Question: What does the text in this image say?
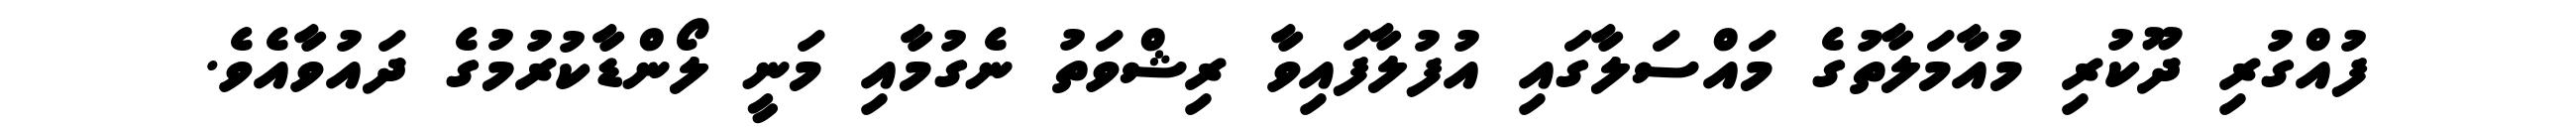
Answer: ފުއްގުރި ދޫކުރި މުއާމަލާތުގެ މައްސަލާގައި އުފުލާފައިވާ ރިޝްވަތު ނެގުމާއި މަނީ ލޯންޑާކުރުމުގެ ދައުވާއެވެ.